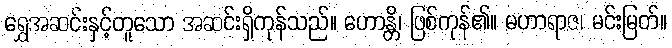
ရွှေအဆင်းနှင့်တူသော အဆင်းရှိကုန်သည်။ ဟောန္တိ၊ ဖြစ်ကုန်၏။ မဟာရာဇ၊ မင်းမြတ်။